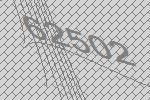
62502